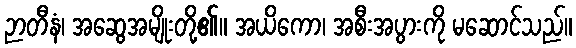
ဉာတီနံ၊ အဆွေအမျိုးတို့၏။ အယိကော၊ အစီးအပွားကို မဆောင်သည်။